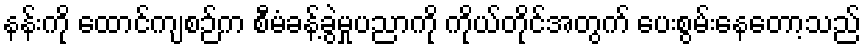
နန်းကို ထောင်ကျစဉ်က စီမံခန့်ခွဲမှုပညာကို ကိုယ်တိုင်အတွက် ပေးစွမ်းနေတော့သည်